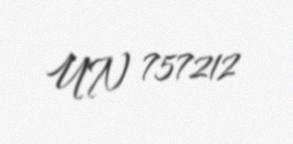
UN 757212